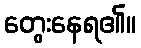
တွေးနေရ၏။